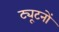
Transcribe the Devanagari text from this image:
ट्यूटनों